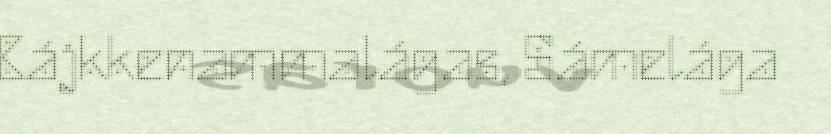
Bájkkenammalágas, Sámelága